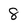
Character: 8